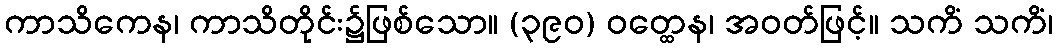
ကာသိကေန၊ ကာသိတိုင်း၌ဖြစ်သော။ (၃၉၀) ဝတ္ထေန၊ အဝတ်ဖြင့်။ သကိံ သကိံ၊